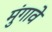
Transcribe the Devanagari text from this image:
मुंगावे